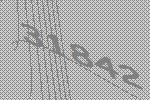
31842